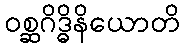
ဝစ္ဆဂိဒ္ဓိနိယောတိ